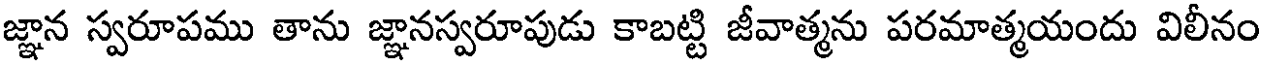
జ్ఞాన స్వరూపము తాను జ్ఞానస్వరూపుడు కాబట్టి జీవాత్మను పరమాత్మయందు విలీనం